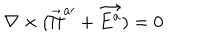
\nabla \times ( \vec { \Pi } ^ { a \prime } + \vec { E ^ { a } } ) = 0